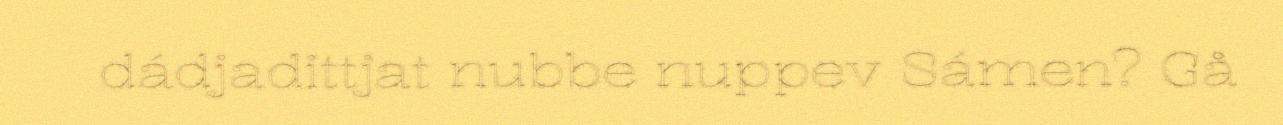
dádjadittjat nubbe nuppev Sámen? Gå